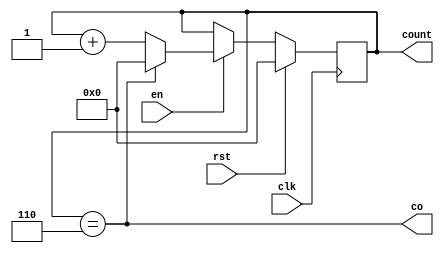
module count_6(
    input wire rst,
    input wire clk,
    input wire en,
    output reg [3:0] count,
    output wire co
);
  always @ (posedge clk) 
	begin
        if (rst) 
		begin
            count <= 4'b0;
        end
        else if (en) 
		begin   
            if (count == 4'd6)
			begin
                count <= 4'b0;
            end
            else 
			begin
                count <= count + 1'b1;
            end
        end
    end
    assign co = (count == 4'd6);
endmodule